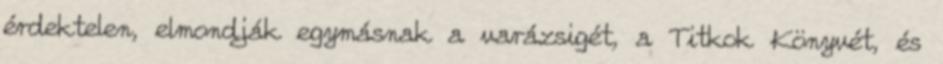
érdektelen, elmondják egymásnak a varázsigét, a Titkok Könyvét, és